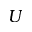
U